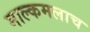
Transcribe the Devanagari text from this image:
माल्कमलाच